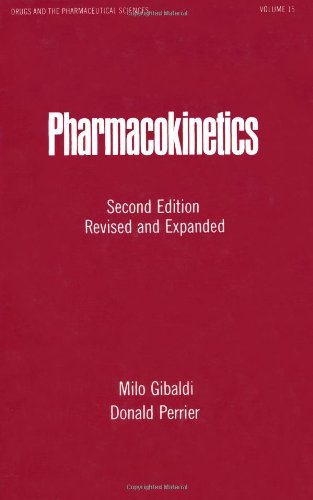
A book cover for Pharmacokinetics, Second Edition (Drugs and the Pharmaceutical Sciences); Medical Books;